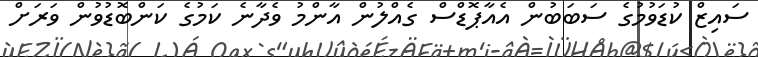
ސައިޒް ކުޑަވުމުގެ ސަބަބުން އެއާޕޮޑްސް ގެއްލުން އާންމު ވެދާނެ ކަމުގެ ކަންބޮޑުވުން ވަރަށް